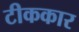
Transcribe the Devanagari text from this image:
टीककार